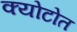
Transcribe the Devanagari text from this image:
क्योटोत